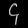
Digit: ၄